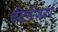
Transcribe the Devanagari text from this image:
कीटमैन्ज़वर्प